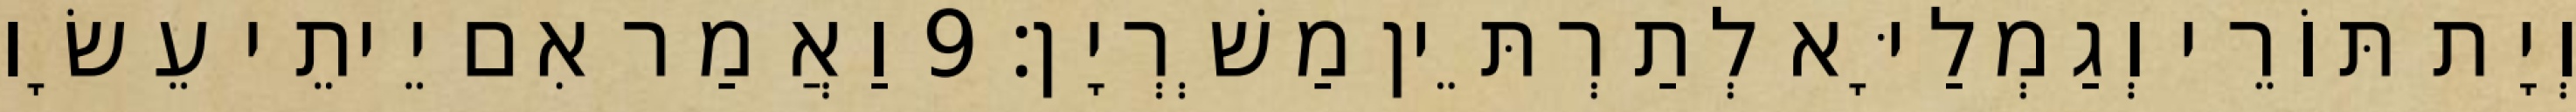
וְיָת תּוֹרֵי וְגַמְלַיָּא לְתַרְתֵּין מַשְׁרְיָן׃ 9 וַאֲמַר אִם יֵיתֵי עֵשָׂו